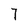
Character: 7